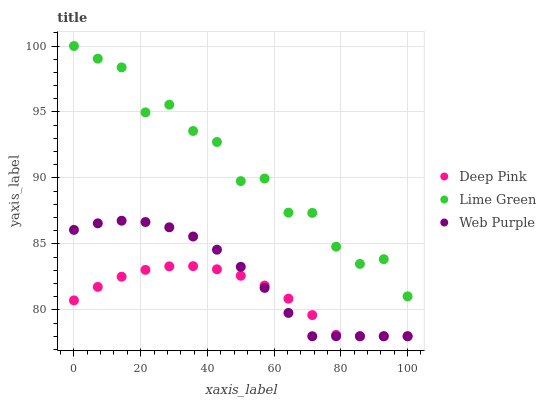
| xaxis_label | Deep Pink | Lime Green | Web Purple |
 | --- | --- | --- | --- |
 | 0 | 80.7 | 100 | 86.1 |
 | 7.14 | 81.7 | 99 | 86.6 |
 | 14.3 | 82.5 | 98.4 | 86.8 |
 | 21.4 | 83 | 95 | 86.7 |
 | 28.6 | 83.3 | 95.6 | 86.3 |
 | 35.7 | 83.3 | 93.6 | 85.6 |
 | 42.9 | 83.1 | 92.7 | 84.6 |
 | 50 | 82.6 | 89.8 | 83.3 |
 | 57.1 | 81.8 | 90 | 81.7 |
 | 64.3 | 80.9 | 87.4 | 79.8 |
 | 71.4 | 79.6 | 87.3 | 78 |
 | 78.6 | 78.1 | 84.8 | 78 |
 | 85.7 | 78 | 83.5 | 78 |
 | 92.9 | 78 | 83.8 | 78 |
 | 100 | 78 | 81 | 78 |